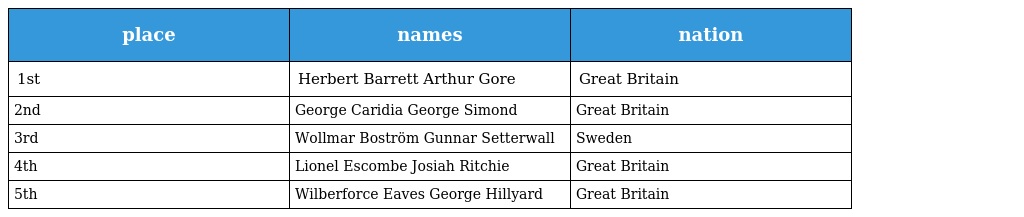
| place | names | nation |
 | --- | --- | --- |
 | 1st | Herbert Barrett Arthur Gore | Great Britain |
 | 2nd | George Caridia George Simond | Great Britain |
 | 3rd | Wollmar Boström Gunnar Setterwall | Sweden |
 | 4th | Lionel Escombe Josiah Ritchie | Great Britain |
 | 5th | Wilberforce Eaves George Hillyard | Great Britain |